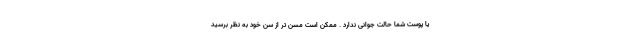
یا پوست شما حالت جوانی ندارد . ممکن است مسن تر از سن خود به نظر برسید